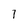
Character: 1